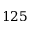
1 2 5